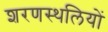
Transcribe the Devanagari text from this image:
शरणस्थलियों